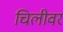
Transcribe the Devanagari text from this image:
चिलीवर